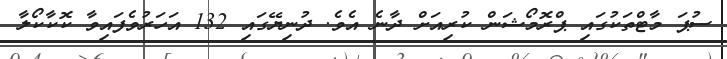
ސުޕަ މާޓްތަކުގައި ޕްރޮމޯޝަން ކުރިއަށް ދާނެ އެވެ. ދުނިޔޭގައި 132 އަހަރުވެފައިވާ ކޮކާކޯލާ